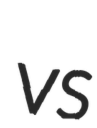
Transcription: vs